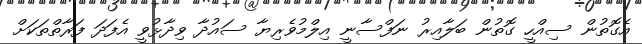
އެގޮތުން ސިއްހީ ގޮތުން ބަލާއިރު ނަފްސާނީ އިލްމުވެރިޔާ ސައުދާ ވިދާޅުވީ އެފަދަ ފަރާތްތަކަށް